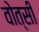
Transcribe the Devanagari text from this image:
वोत्सी